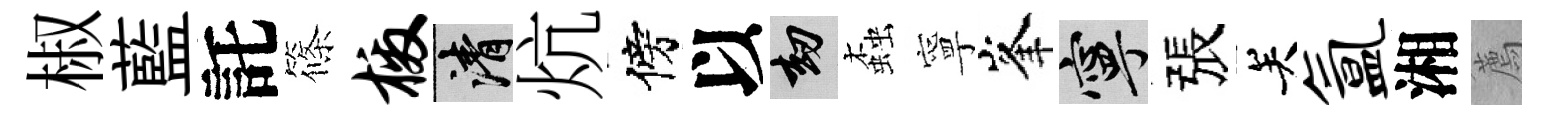
椒藍託篠檄清炕傍以劫螙寧峯寧張关氲湘薦